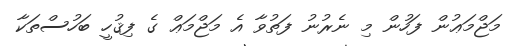
މަޖްމަޢުން ފަހުން މި ނެރުނު ފަތުވާ އެ މަޖްމަޢް ގެ ފިޤުހީ ބަހުސްތަކާ